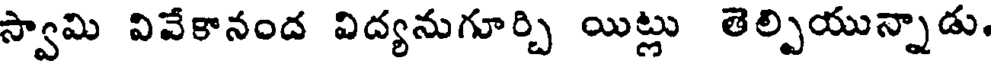
స్వామి వివేకానంద విద్యనుగూర్చి యిట్లు తెల్పియున్నాడు.